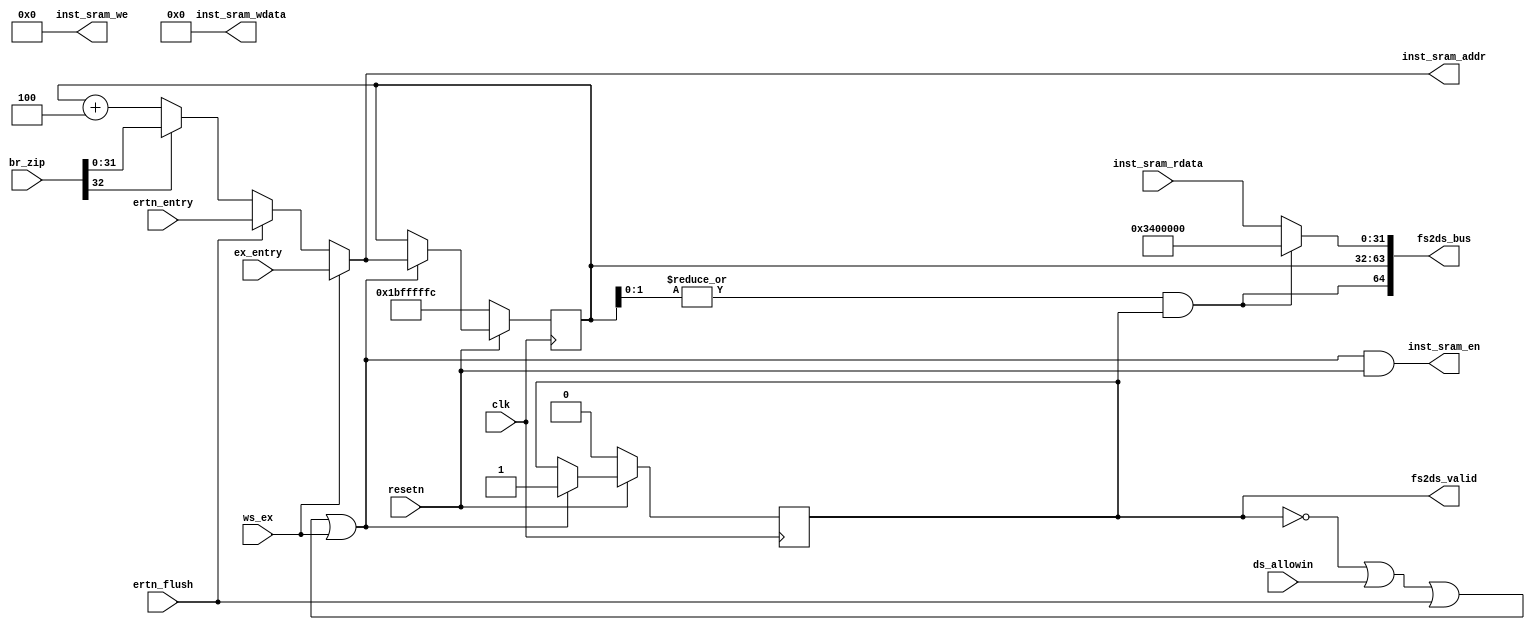
module IFreg(
    input  wire        clk,
    input  wire        resetn,
    // inst sram interface
    output wire         inst_sram_en,
    output wire [ 3:0]  inst_sram_we,
    output wire [31:0]  inst_sram_addr,
    output wire [31:0]  inst_sram_wdata,
    input  wire [31:0]  inst_sram_rdata,
    // fs and ds state interface
    output wire         fs2ds_valid,
    output wire [64:0]  fs2ds_bus,  // {fs_except_adef, fs_pc, fs_inst}
    input  wire         ds_allowin,
    input  wire [32:0]  br_zip,     // {br_taken, br_target}
    // exception interface
    input  wire         ws_ex,
    input  wire         ertn_flush,
    input  wire [31:0]  ex_entry,
    input  wire [31:0]  ertn_entry
);

reg         fs_valid;
wire        fs_ready_go;
wire        fs_allowin;
wire        to_fs_valid;

wire [31:0] seq_pc;
wire [31:0] nextpc;

wire        br_taken;
wire [31:0] br_target;

reg  [31:0] fs_pc;
wire [31:0] fs_inst;

wire        fs_except_adef;

//------------------------------state control signal---------------------------------------
assign to_fs_valid  = resetn;
assign fs_ready_go  = 1'b1;
assign fs_allowin   = ~fs_valid | fs_ready_go & ds_allowin | ertn_flush | ws_ex;
assign fs2ds_valid  = fs_valid & fs_ready_go;
always @(posedge clk) begin
    if (~resetn) begin
        fs_valid <= 1'b0;
    end else if (fs_allowin) begin
        fs_valid <= to_fs_valid;
    end
end


//------------------------------inst sram interface---------------------------------------    
assign inst_sram_en     = fs_allowin & to_fs_valid;
assign inst_sram_we     = 4'b0;
assign inst_sram_addr   = nextpc; // ,  fs_pc  fs_inst .
assign inst_sram_wdata  = 32'b0;
assign fs_inst          = fs_except_adef ? 32'h03400000 : inst_sram_rdata;  // NOP


//------------------------------pc relavant signals---------------------------------------    
assign seq_pc = fs_pc + 32'h4;
assign nextpc = ws_ex ? ex_entry :
                ertn_flush ? ertn_entry :
                br_taken ? br_target : seq_pc;

always @(posedge clk) begin
    if (~resetn) begin
        fs_pc <= 32'h1bfffffc;
    end else if (fs_allowin) begin
        fs_pc <= nextpc;
    end
end


//--------------------------exception interface--------------------------
assign fs_except_adef = (|fs_pc[1:0]) & fs_valid;


//------------------------------if and id state interface---------------------------------------
assign fs2ds_bus    = {fs_except_adef, fs_pc, fs_inst};
assign {br_taken, br_target} = br_zip;


endmodule